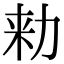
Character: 𠡠